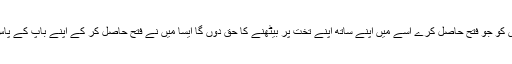
“ میں ہر اس شخص کو جو فتح حاصل کرے اسے میں اپنے ساتھ اپنے تخت پر بیٹھنے کا حق دوں گا ایسا میں نے فتح حاصل کر کے اپنے باپ کے پاس تخت پر بیٹھ گیا۔